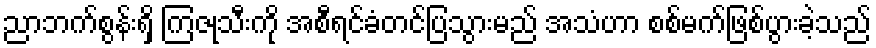
ညာဘက်စွန်းရှိ ကြဇုသီးကို အစီရင်ခံတင်ပြသွားမည် အသံဟာ စစ်မက်ဖြစ်ပွားခဲ့သည်